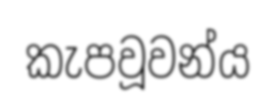
කැපවූවන්ය